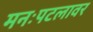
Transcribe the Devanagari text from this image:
मनःपटलावर